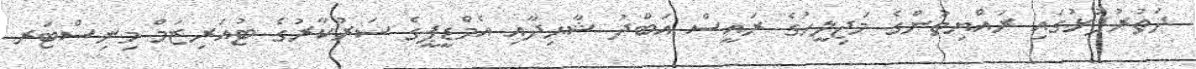
ދަތުރުފުޅުގައި ރައްޔިތުންގެ މަޖިލީހުގެ ރައީސް އަބްދު ޝާޙިދާއި އެމްޑީޕީގެ ސަރުކާރުގެ ޓުއަރިޒަމް މިނިސްޓަރ